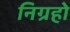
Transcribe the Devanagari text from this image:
निग्रहो